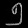
Digit: ၅